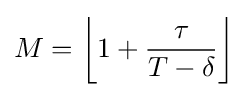
M=\left\lfloor 1+{\frac {\tau }{T-\delta }}\right\rfloor